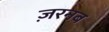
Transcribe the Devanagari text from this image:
ज़रनब